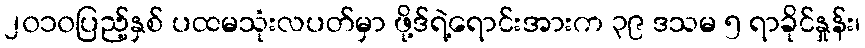
၂၀၁၀ပြည့်နှစ် ပထမသုံးလပတ်မှာ ဖို့ဒ်ရဲ့ရောင်းအားက ၃၉ ဒသမ ၅ ရာခိုင်နှုန်း၊